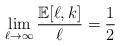
LaTeX: \begin{align*}\lim\limits_{\ell\rightarrow\infty}\dfrac{\mathbb{E}[\ell,k]}{\ell}=\dfrac{1}{2}\end{align*}